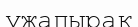
ужапырақ